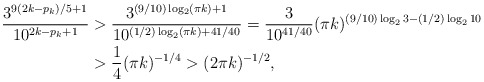
\begin{align*}\frac{3^{9(2k-p_k)/5+1}}{10^{2k-p_k+1}}& > \frac{3^{(9/10)\log_2(\pi k)+1}}{10^{(1/2)\log_2(\pi k)+41/40}}= \frac{3}{10^{41/40}} (\pi k)^{(9/10)\log_2 3 - (1/2)\log_2 10} \\& > \frac{1}{4} (\pi k)^{-1/4} > (2\pi k)^{-1/2},\end{align*}